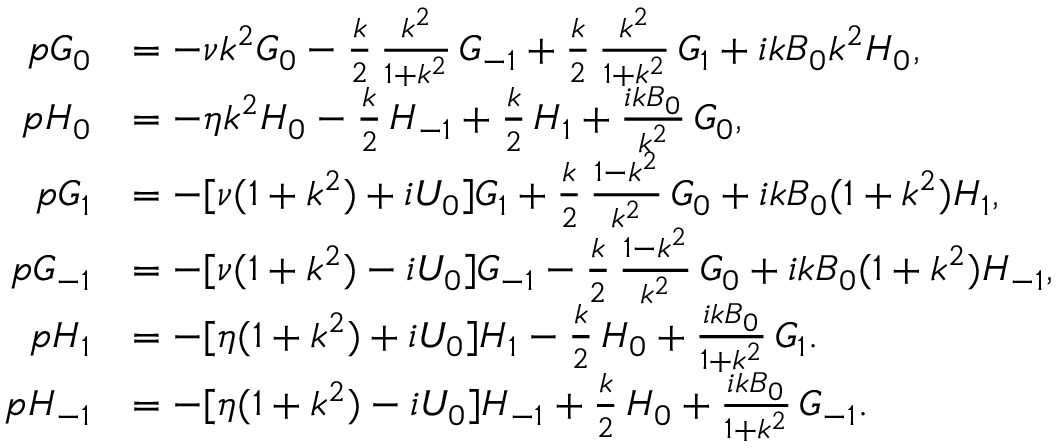
\begin{array} { r l } { p G _ { 0 } } & { = - \nu k ^ { 2 } G _ { 0 } - \frac { k } { 2 } \, \frac { k ^ { 2 } } { 1 + k ^ { 2 } } \, G _ { - 1 } + \frac { k } { 2 } \, \frac { k ^ { 2 } } { 1 + k ^ { 2 } } \, G _ { 1 } + i k B _ { 0 } k ^ { 2 } H _ { 0 } , } \\ { p H _ { 0 } } & { = - \eta k ^ { 2 } H _ { 0 } - \frac { k } { 2 } \, H _ { - 1 } + \frac { k } { 2 } \, H _ { 1 } + \frac { i k B _ { 0 } } { k ^ { 2 } } \, G _ { 0 } , } \\ { p G _ { 1 } } & { = - [ \nu ( 1 + k ^ { 2 } ) + i U _ { 0 } ] G _ { 1 } + \frac { k } { 2 } \, \frac { 1 - k ^ { 2 } } { k ^ { 2 } } \, G _ { 0 } + i k B _ { 0 } ( 1 + k ^ { 2 } ) H _ { 1 } , } \\ { p G _ { - 1 } } & { = - [ \nu ( 1 + k ^ { 2 } ) - i U _ { 0 } ] G _ { - 1 } - \frac { k } { 2 } \, \frac { 1 - k ^ { 2 } } { k ^ { 2 } } \, G _ { 0 } + i k B _ { 0 } ( 1 + k ^ { 2 } ) H _ { - 1 } , } \\ { p H _ { 1 } } & { = - [ \eta ( 1 + k ^ { 2 } ) + i U _ { 0 } ] H _ { 1 } - \frac { k } { 2 } \, H _ { 0 } + \frac { i k B _ { 0 } } { 1 + k ^ { 2 } } \, G _ { 1 } . } \\ { p H _ { - 1 } } & { = - [ \eta ( 1 + k ^ { 2 } ) - i U _ { 0 } ] H _ { - 1 } + \frac { k } { 2 } \, H _ { 0 } + \frac { i k B _ { 0 } } { 1 + k ^ { 2 } } \, G _ { - 1 } . } \end{array}